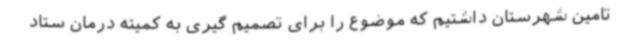
تامین شهرستان داشتیم که موضوع را برای تصمیم گیری به کمیته درمان ستاد